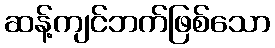
ဆန့်ကျင်ဘက်ဖြစ်သော